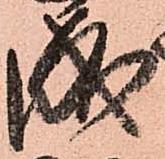
成